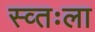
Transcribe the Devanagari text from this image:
स्व्तःला